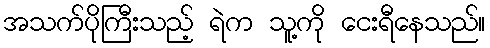
အသက်ပိုကြီးသည့် ရဲက သူ့ကို ငေးရီနေသည်။